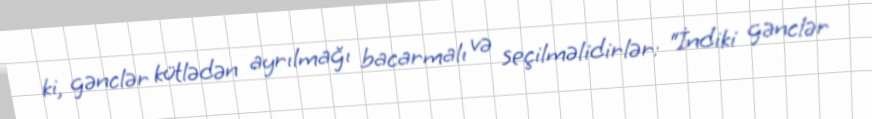
ki, gənclər kütlədən ayrılmağı bacarmalı və seçilməlidirlər: “İndiki gənclər